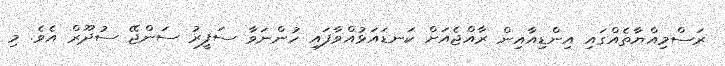
ރަސްމިއްޔާތެއްގައި އިންޑިއާއިން ރާއްޖެއަށް ކަނޑައަޅުއްވާފައި ހުންނަވާ ސަފީރު ސަންޖޭ ސުދޫރް އެވެ. މި